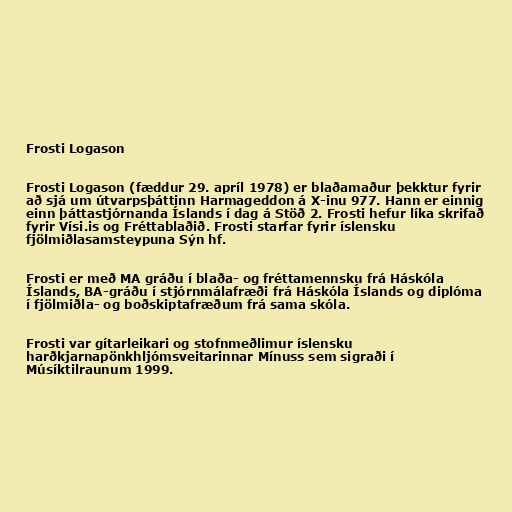
Frosti Logason

Frosti Logason (fæddur 29. apríl 1978) er blaðamaður þekktur fyrir
að sjá um útvarpsþáttinn Harmageddon á X-inu 977. Hann er einnig
einn þáttastjórnanda Íslands í dag á Stöð 2. Frosti hefur líka skrifað
fyrir Vísi.is og Fréttablaðið. Frosti starfar fyrir íslensku
fjölmiðlasamsteypuna Sýn hf.

Frosti er með MA gráðu í blaða- og fréttamennsku frá Háskóla
Íslands, BA-gráðu í stjórnmálafræði frá Háskóla Íslands og diplóma
í fjölmiðla- og boðskiptafræðum frá sama skóla.

Frosti var gítarleikari og stofnmeðlimur íslensku
harðkjarnapönkhljómsveitarinnar Mínuss sem sigraði í
Músíktilraunum 1999.